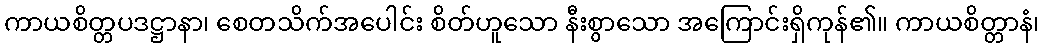
ကာယစိတ္တပဒဋ္ဌာနာ၊ စေတသိက်အပေါင်း စိတ်ဟူသော နီးစွာသော အကြောင်းရှိကုန်၏။ ကာယစိတ္တာနံ၊